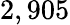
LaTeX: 2,905